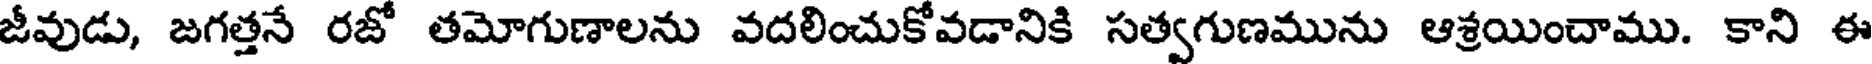
జీవుడు, జగత్తనే రజో తమోగుణాలను వదలించుకోవడానికి సత్వగుణమును ఆశ్రయించాము. కాని ఈ